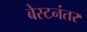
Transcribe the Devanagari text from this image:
बेस्टनंतर